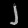
Digit: ၂